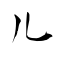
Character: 儿